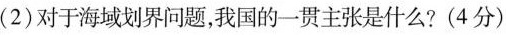
(2)对于海域划界问题，我国的一贯主张是什么?(4分)